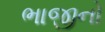
ભાજીનો